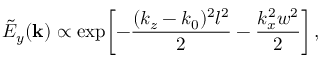
\tilde { E } _ { y } ( { \bf k } ) \propto \exp \! \left[ - \frac { ( k _ { z } - k _ { 0 } ) ^ { 2 } l ^ { 2 } } { 2 } - \frac { k _ { x } ^ { 2 } w ^ { 2 } } { 2 } \right] ,